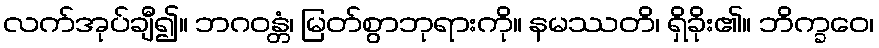
လက်အုပ်ချီ၍။ ဘဂဝန္တံ၊ မြတ်စွာဘုရားကို။ နမဿတိ၊ ရှိခိုး၏။ ဘိက္ခဝေ၊